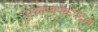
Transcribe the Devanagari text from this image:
मुख्याध्यपकपदही